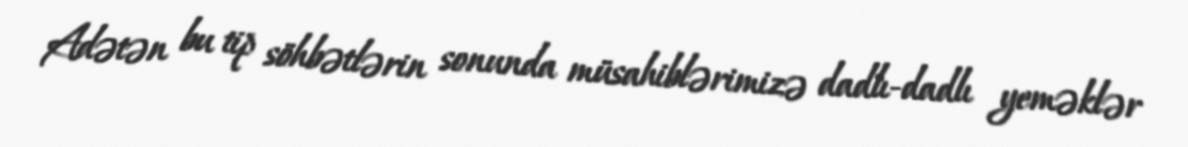
Adətən bu tip söhbətlərin sonunda müsahiblərimizə dadlı-dadlı yeməklər